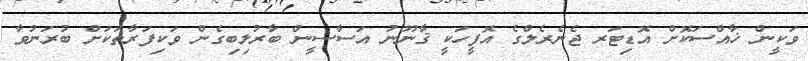
ވަކީން ޚާއްސަކޮށް އޮޑިޓަރ ޖެނެރެލްގެ އޮފީހަކީ ޤާނޫނު އަސާސީން ބާރުލިބިގެން ވަކިފަރާތަކަށް ބުރަނުވާ